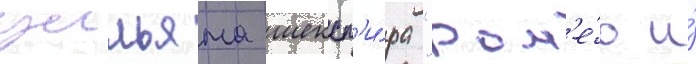
уильяма шексп'и́ра "ром'е́о и́